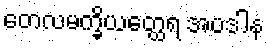
တေလမက္ခိယတ္ထေရ အပဒါန